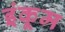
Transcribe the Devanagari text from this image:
इंकूम